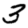
Digit: 3